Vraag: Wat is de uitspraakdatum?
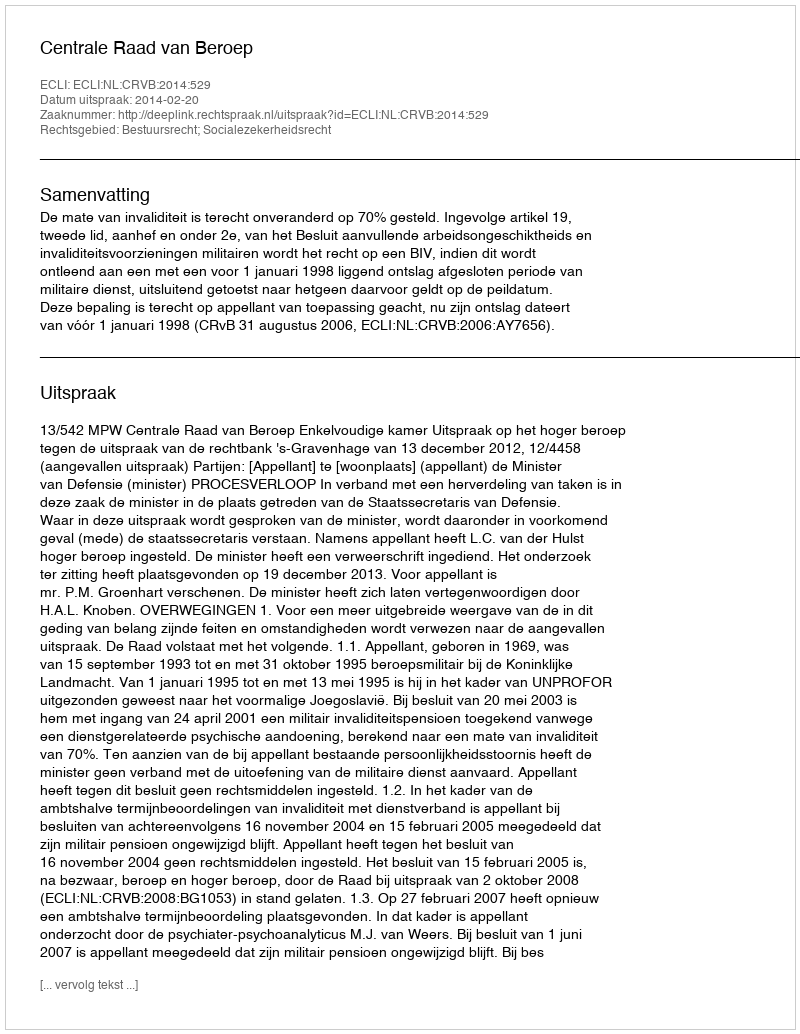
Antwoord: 2014-02-20